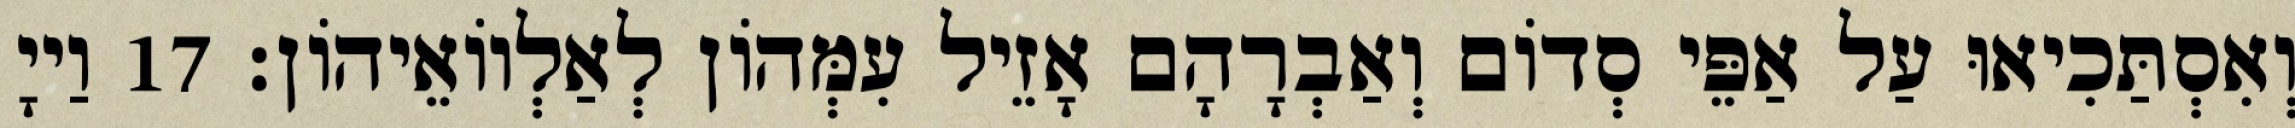
וְאִסְתַּכִיאוּ עַל אַפֵּי סְדוֹם וְאַבְרָהָם אָזֵיל עִמְּהוֹן לְאַלְווֹאֵיהוֹן׃ 17 וַייָ